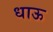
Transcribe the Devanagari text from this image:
धाऊ